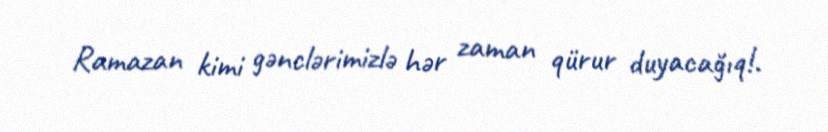
Ramazan kimi gənclərimizlə hər zaman qürur duyacağıq!.